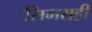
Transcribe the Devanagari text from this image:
सिमराही